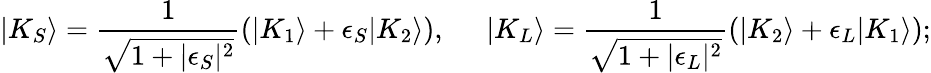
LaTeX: |K_{S}\rangle=\frac{1}{\sqrt{1+|\epsilon_{S}|^{2}}}\left(|K_{1}\rangle+\epsilon_{S}|K_{2}\rangle\right),\; \; \; \; \; |K_{L}\rangle=\frac{1}{\sqrt{1+|\epsilon_{L}|^{2}}}\left(|K_{2}\rangle+\epsilon_{L}|K_{1}\rangle\right);